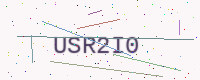
Text: USR2I0